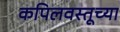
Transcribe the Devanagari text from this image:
कपिलवस्तूच्या